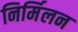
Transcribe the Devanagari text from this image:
निर्मिलन